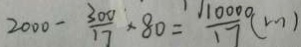
2 0 0 0 - \frac { 3 0 0 } { 1 7 } \times 8 0 = \frac { 1 0 0 0 } { 1 7 } ( m )